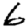
Digit: 6